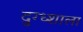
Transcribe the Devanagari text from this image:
दुग्ध्शाला